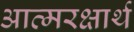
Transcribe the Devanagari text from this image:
आत्मरक्षार्थ